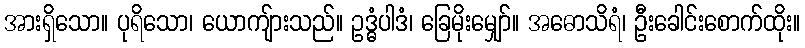
အားရှိသော။ ပုရိသော၊ ယောကျ်ားသည်။ ဥဒ္ဓံပါဒံ၊ ခြေမိုးမျှော်။ အဓောသိရံ၊ ဦးခေါင်းစောက်ထိုး။